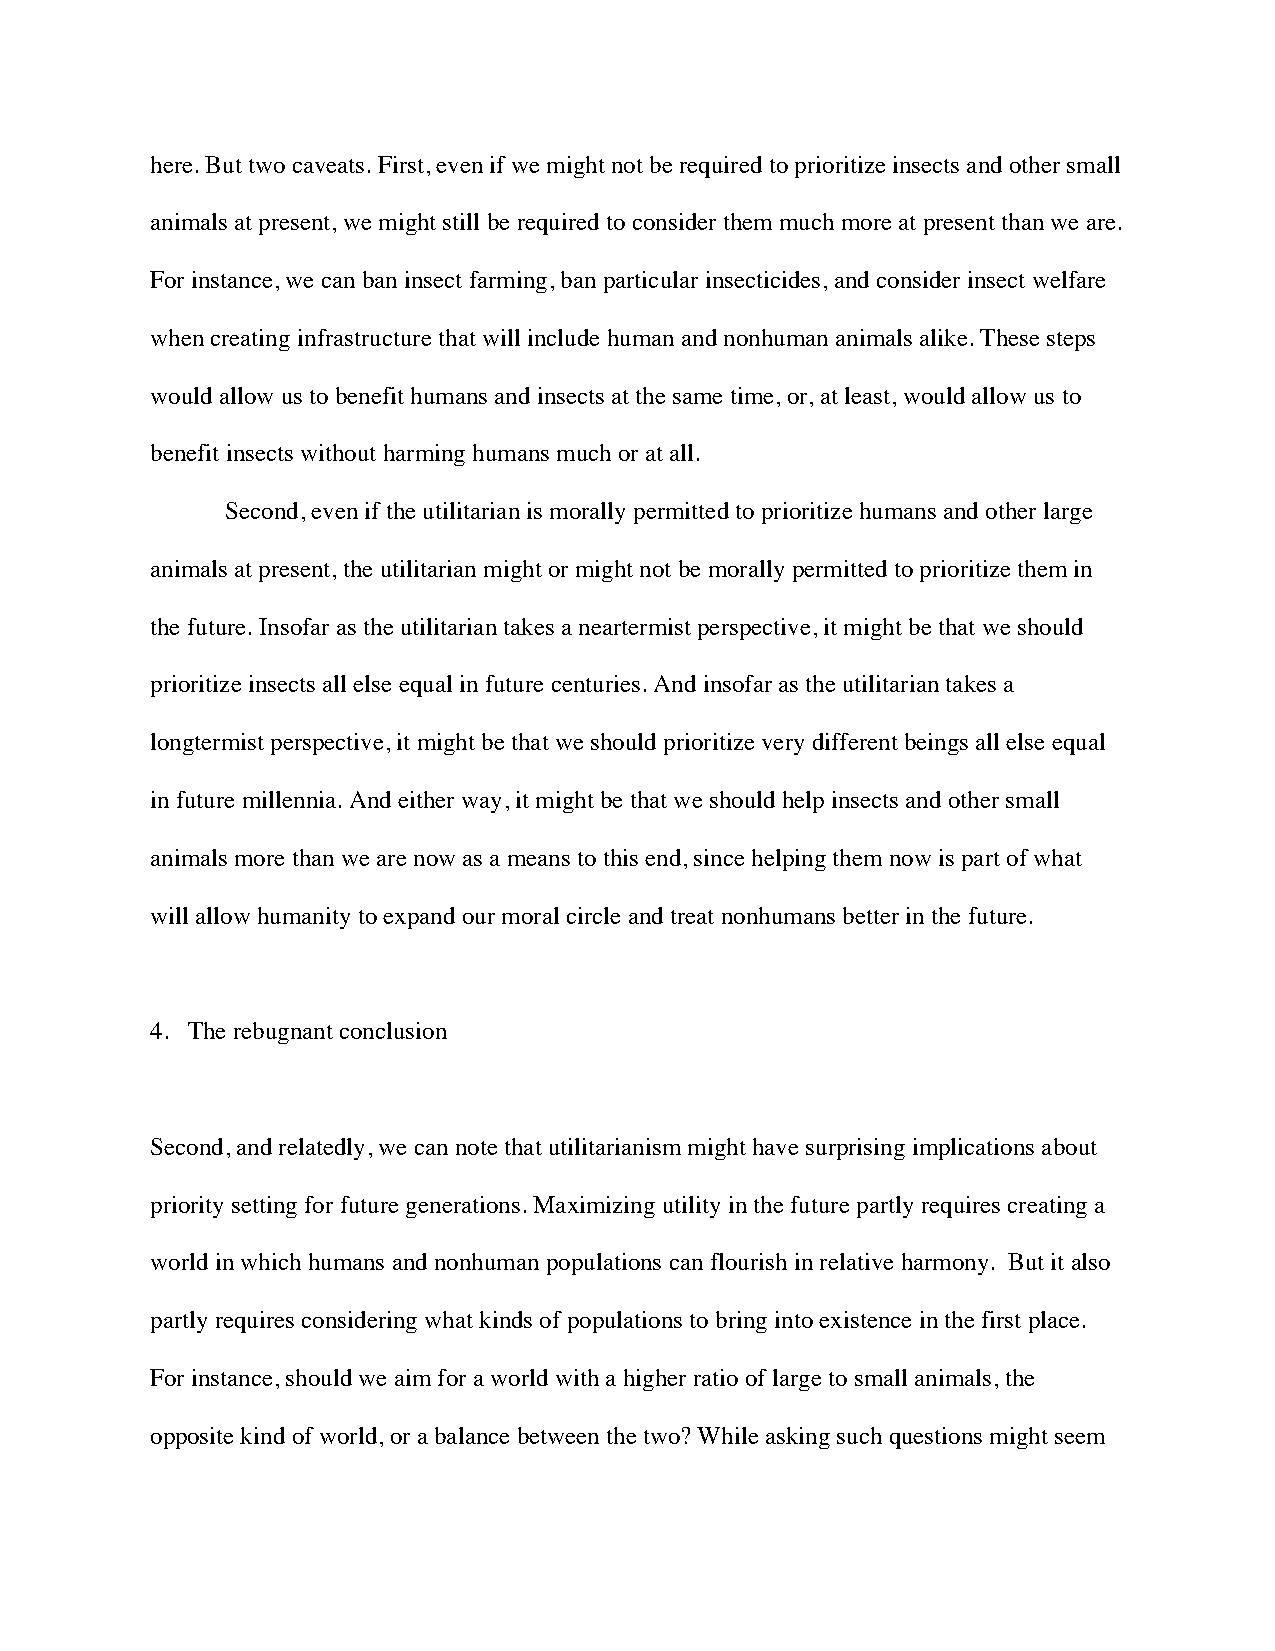
here. But two caveats. First, even if we might not be required to prioritize insects and other small
 animals at present, we might still be required to consider them much more at present than we are.
 For instance, we can ban insect farming, ban particular insecticides, and consider insect welfare
 when creating infrastructure that will include human and nonhuman animals alike. These steps
 would allow us to benefit humans and insects at the same time, or, at least, would allow us to
 benefit insects without harming humans much or at all.
 Second, even if the utilitarian is morally permitted to prioritize humans and other large
 animals at present, the utilitarian might or might not be morally permitted to prioritize them in
 the future. Insofar as the utilitarian takes a neartermist perspective, it might be that we should
 prioritize insects all else equal in future centuries. And insofar as the utilitarian takes a
 longtermist perspective, it might be that we should prioritize very different beings all else equal
 in future millennia. And either way, it might be that we should help insects and other small
 animals more than we are now as a means to this end, since helping them now is part of what
 will allow humanity to expand our moral circle and treat nonhumans better in the future.
 4. The rebugnant conclusion
 Second, and relatedly, we can note that utilitarianism might have surprising implications about
 priority setting for future generations. Maximizing utility in the future partly requires creating a
 world in which humans and nonhuman populations can flourish in relative harmony. But it also
 partly requires considering what kinds of populations to bring into existence in the first place.
 For instance, should we aim for a world with a higher ratio of large to small animals, the
 opposite kind of world, or a balance between the two? While asking such questions might seem